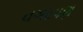
વગરપણ